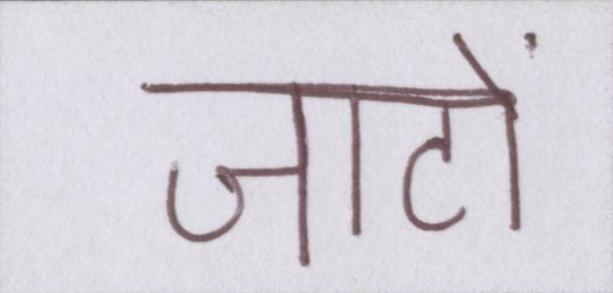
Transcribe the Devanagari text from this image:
जाटों